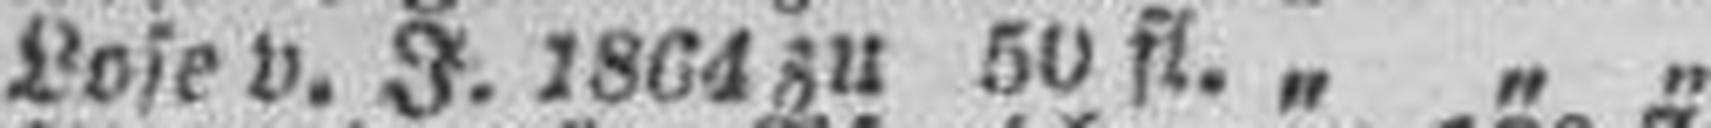
Lose v. J. 1864 zu 50 fl. „ „ „